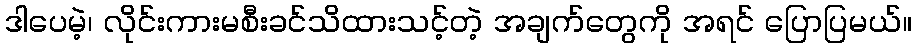
ဒါပေမဲ့၊ လိုင်းကားမစီးခင်သိထားသင့်တဲ့ အချက်တွေကို အရင် ပြောပြမယ်။